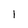
Character: 1